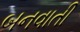
બનવાતી